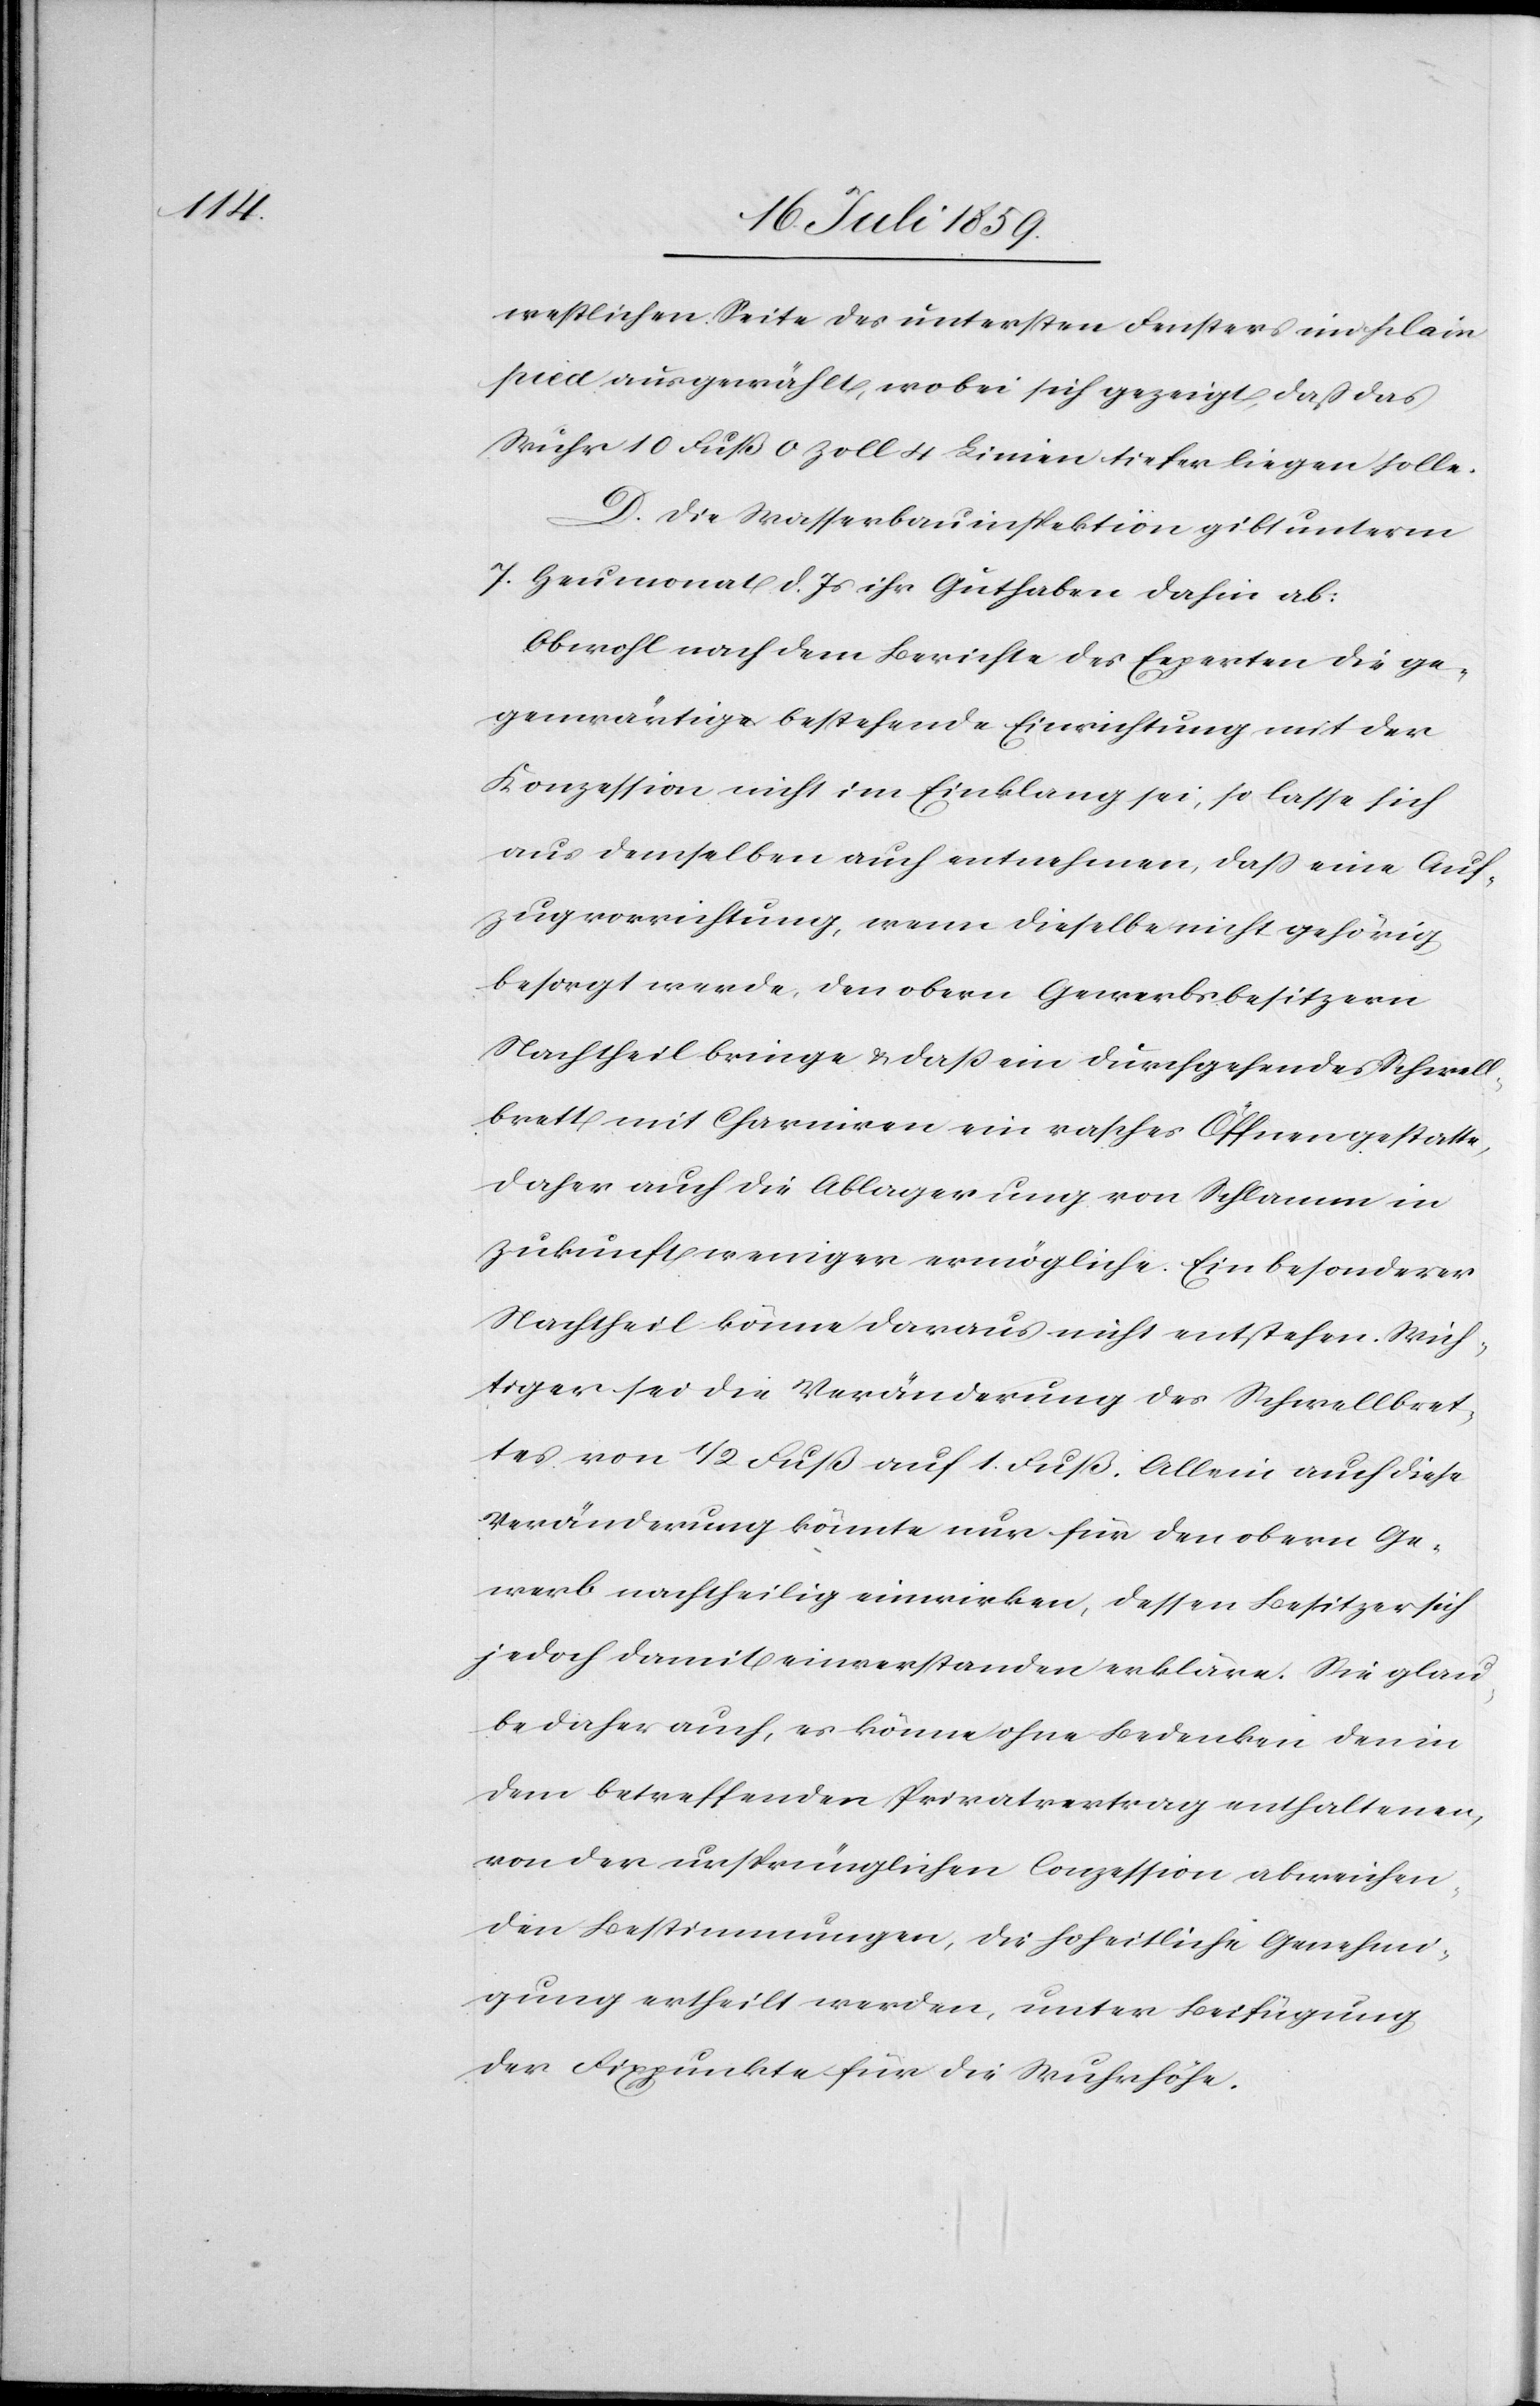
westlichen Seite des untersten Fensters ein plain
pied ausgewählt [sic!], wobei sich gezeigt, daß das
Wuhr 10 Fuß 0 Zoll 4 Linien tiefer liegen solle.
D. Die Wasserbauinspektion gibt unterm
7. Heumonat d. Js. ihr Guthaben dahin ab:
Obwohl nach dem Berichte des Experten die ge¬
genwärtige bestehende Einrichtung mit der
Konzession nicht im Einklang sei, so lasse sich
aus demselben auch entnehmen, daß eine Auf¬
zugsvorrichtung, wenn dieselbe nicht gehörig
besorgt werde, den obern Gewerbsbesitzern
Nachtheil bringe u. daß ein durchgehendes Schwell¬
brett mit Charnieren ein rasches Öffnen gestatte,
daher auch die Ablagerung von Schlamm in
Zukunft weniger ermögliche. Ein besonderer
Nachtheil könne daraus nicht entstehen. Wich¬
tiger sei die Veränderung des Schwellbret¬
tes von 1/2 Fuß auf 1 Fuß. allein auch diese
Veränderung könnte nur für den obern Ge¬
werb nachtheilig einwirken, dessen Besitzer sich
jedoch damit einverstanden erkläre. Sie glau¬
be daher auch, es könne ohne Bedenken den in
dem betreffenden Privatvertrag enthaltenen,
von der ursprünglichen Conzession abweichen¬
den Bestimmungen, die hoheitliche Genehmi¬
gung ertheilt werden, unter Beifügung
der Fixpunkte für die Wuhrhöhe.